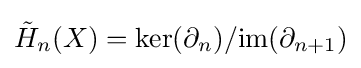
{\tilde {H}}_{n}(X)=\ker(\partial _{n})/\mathrm {im} (\partial _{n+1})